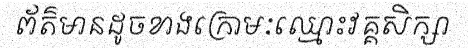
ព័ត៌មានដូចខាងក្រោមៈឈ្មោះវគ្គសិក្សា